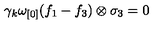
\gamma _ { k } \omega _ { [ 0 ] } ( f _ { 1 } - f _ { 3 } ) \otimes \sigma _ { 3 } = 0